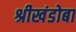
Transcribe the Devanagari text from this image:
श्रीखंडोबा